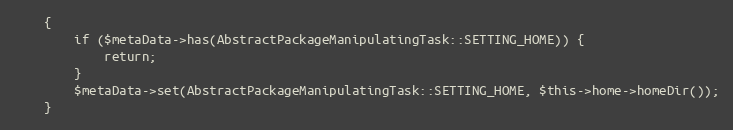
Language: PHP
    {
        if ($metaData->has(AbstractPackageManipulatingTask::SETTING_HOME)) {
            return;
        }
        $metaData->set(AbstractPackageManipulatingTask::SETTING_HOME, $this->home->homeDir());
    }